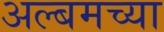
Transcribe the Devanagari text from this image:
अल्बमच्या